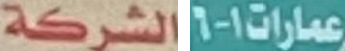
الشركة عمارات1-6